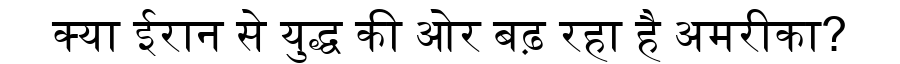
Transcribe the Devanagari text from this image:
क्या ईरान से युद्ध की ओर बढ़ रहा है अमरीका?